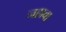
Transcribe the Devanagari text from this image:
नहावा